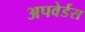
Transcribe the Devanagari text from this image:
अपवेर्डस